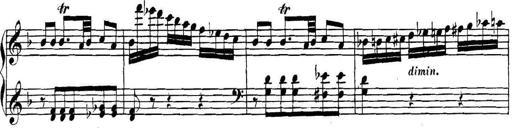
Title: Collected Piano Sonatas
Composer: Muzio Clementi